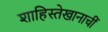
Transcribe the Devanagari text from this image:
शाहिस्तेखानाचीं